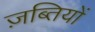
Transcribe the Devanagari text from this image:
ज़ब्तियों